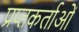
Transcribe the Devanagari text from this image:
प्रप्तकर्ताओं